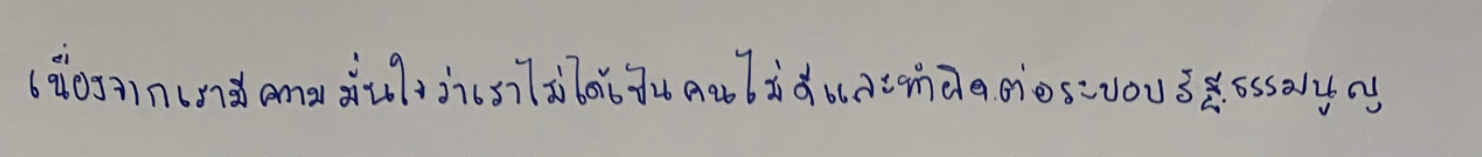
เนื่องจากเรามีความมั่นใจว่าเราไม่ได้เป็นคนไม่ดีและทำผิดต่อระบอบรัฐธรรมนูญ